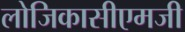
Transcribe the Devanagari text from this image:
लोजिकासीएमजी